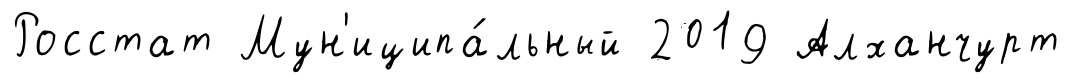
Росстат Мун'иципа́льный 2019 Алханчурт